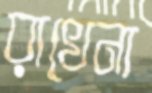
রাখেনা